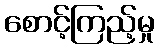
စောင့်ကြည့်မှု